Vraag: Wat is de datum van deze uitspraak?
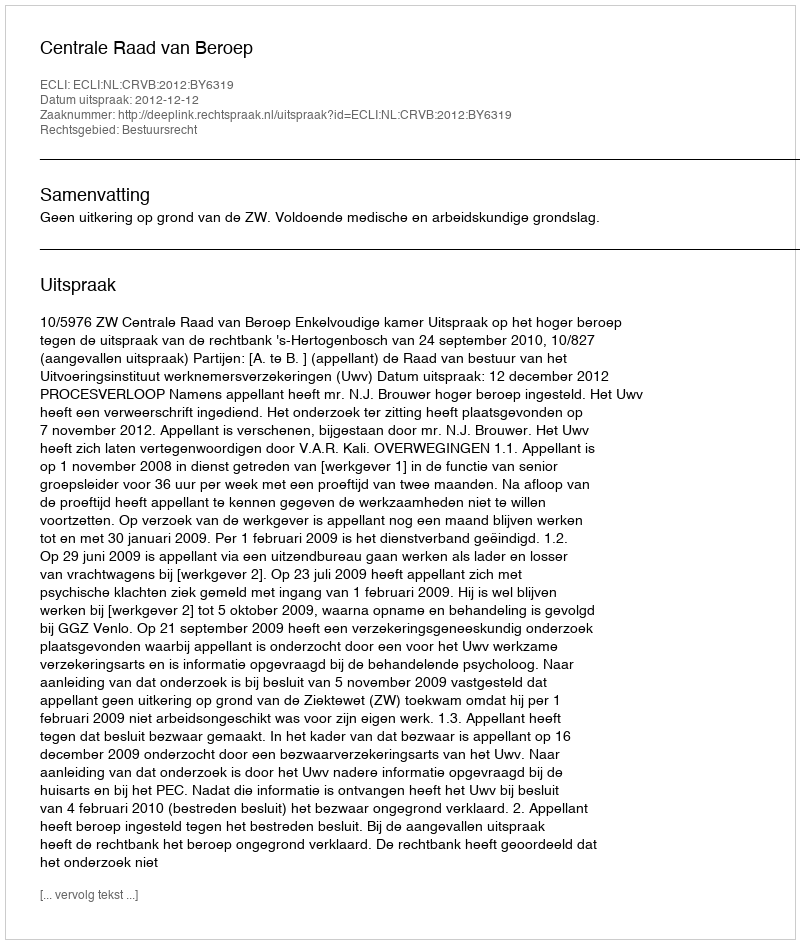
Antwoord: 2012-12-12